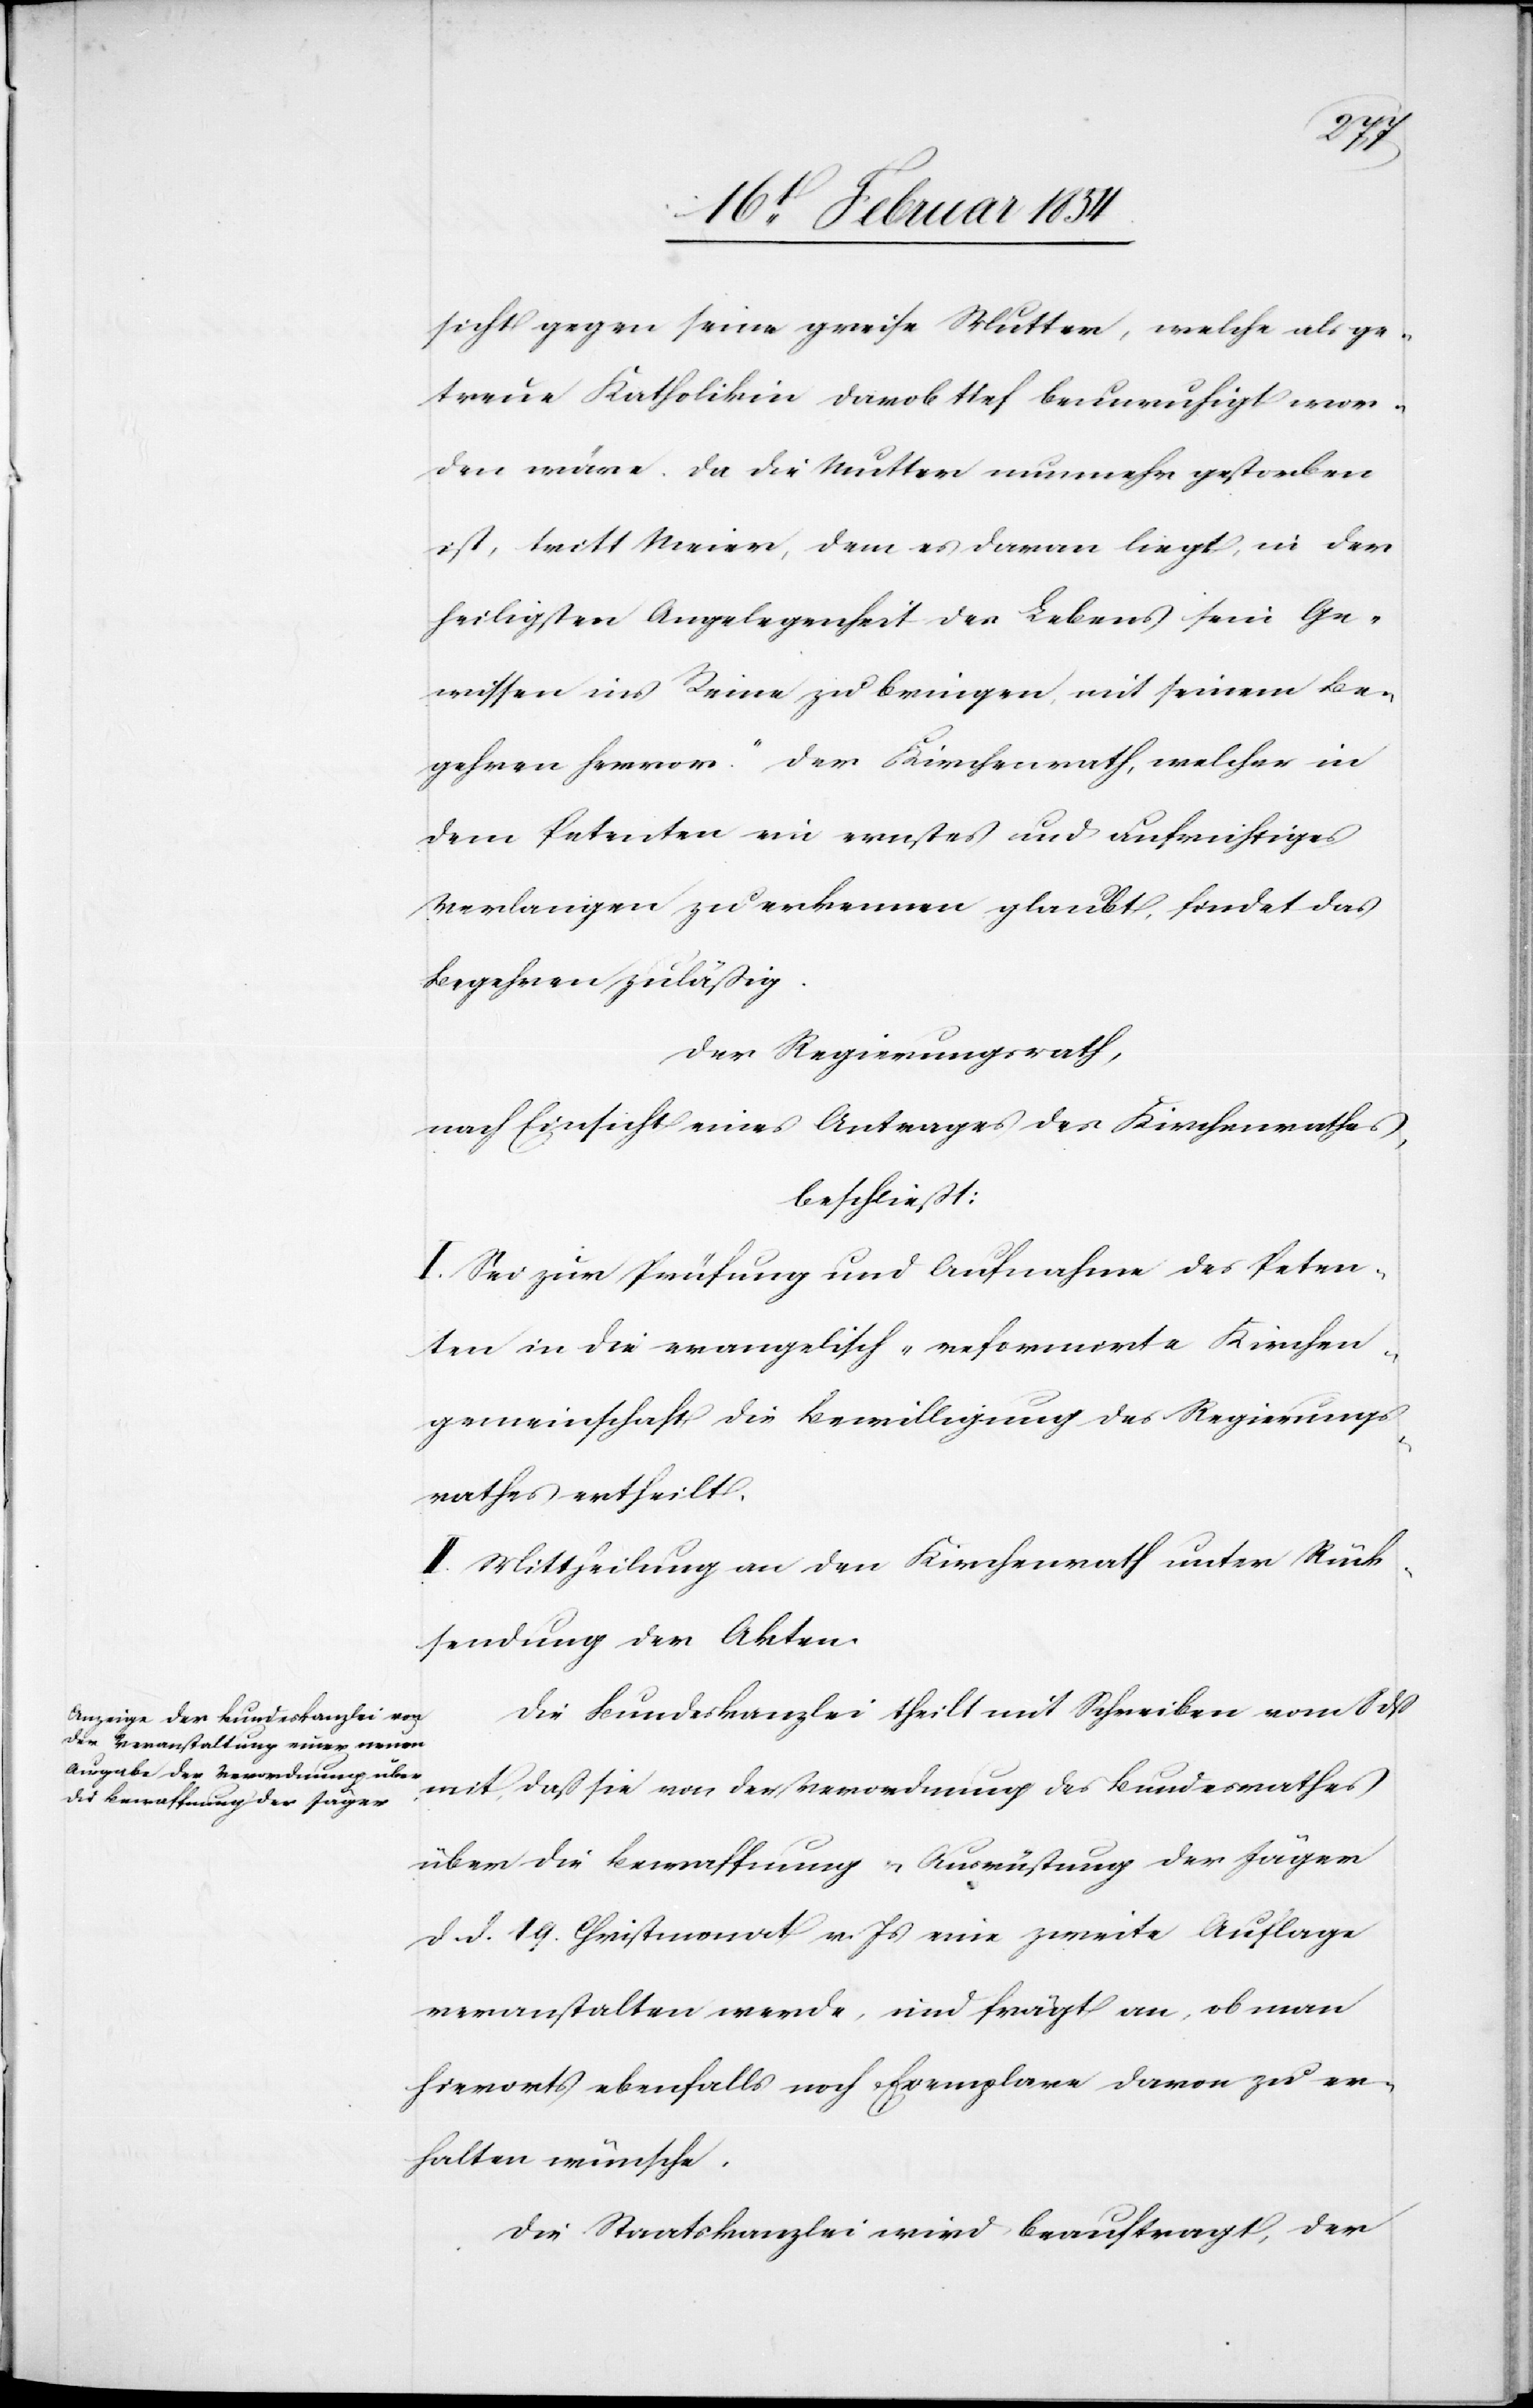
sicht gegen seine greise Mutter, welche als ge¬
treue Katholikin damals tief beunruhigt wor¬
den wäre. Da die Mutter nunmehr gestorben
ist, tritt Meier, dem es dran liegt, in der
heiligsten Angelegenheit des Lebens sein Ge¬
wissen ins Reine zu bringen, mit seinem Be¬
gehren hervor.“ Der Kirchenrath, welcher in
dem Petenten ein ernstes und aufrichtiges
Verlangen zu erkennen glaubt, findet das
Begehren zuläßig.
Der Regierungsrath,
nach Einsicht eines Antrages des Kirchenrathes,
beschließt:
I. Sei zur Prüfung und Aufnahme des Peten¬
ten in die evangelisch-reformirte Kirchen¬
gemeinschaft die Bewilligung des Regierungs¬
rathes ertheilt.
II. Mittheilung an den Kirchenrath unter Rück¬
sendung der Akten.
Die Bundeskanzlei theilt mit Schreiben vom 8 dß
mit, daß sie von der Verordnung des Bundesrathes
über die Bewaffnung u. Ausrüstung der Jäger
d. d. 19. Christmonat v. Js eine zweite Auflage
veranstalten werde, und frägt an, ob man
hierorts ebenfalls noch Exemplare davon zu er¬
halten wünsche.
Die Staatskanzlei wird beauftragt, der